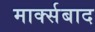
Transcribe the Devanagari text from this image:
मार्क्सबाद